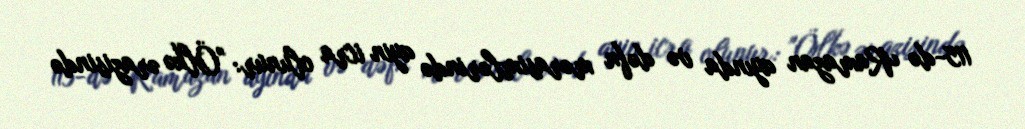
115-də Ramazan ayında və dəfn mərasimlərində ayin icra olunur: "Ölkə ərazisində